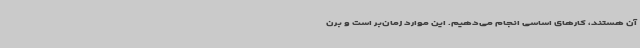
آن هستند، کارهای اساسی انجام می‌دهیم. این موارد زمان‌بر است و برن